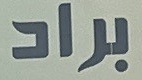
براد